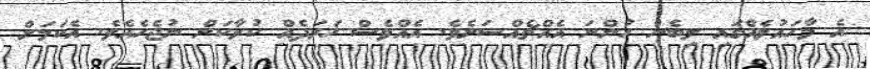
އެ މާހައުލެއްގައި ލިބެން ހުންނަ އެއްޗެއްސަށެވެ. އެއްވެސް ޚަރަދެއް ކުރާކަށް ނުޖެހެއެވެ. އެކަމަށް